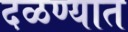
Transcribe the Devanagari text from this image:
दळण्यात